Indian journal of veterinary science and animal husbandry - Volume 12,
Year: 1942
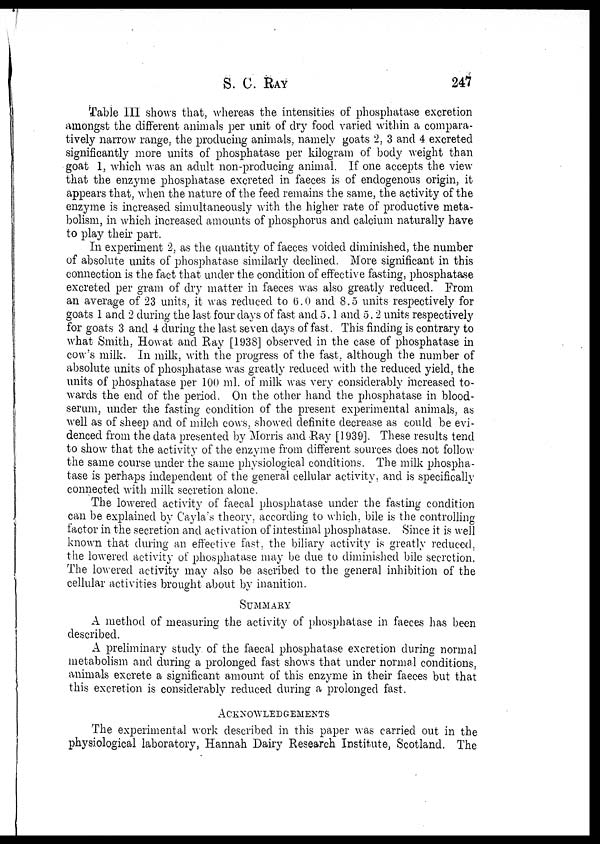
S. C. RAY 247
Table III shows that, whereas the intensities of phosphatase excretion
amongst the different animals per unit of dry food varied within a compara-
tively narrow range, the producing animals, namely goats 2, 3 and 4 excreted
significantly more units of phosphatase per kilogram of body weight than
goat 1, which was an adult non-producing animal. If one accepts the view
that the enzyme phosphatase excreted in faeces is of endogenous origin, it
appears that, when the nature of the feed remains the same, the activity of the
enzyme is increased simultaneously with the higher rate of productive meta-
bolism, in which increased amounts of phosphorus and calcium naturally have
to play their part.
In experiment 2, as the quantity of faeces voided diminished, the number
of absolute units of phosphatase similarly declined. More significant in this
connection is the fact that under the condition of effective fasting, phosphatase
excreted per gram of dry matter in faeces was also greatly reduced. From
an average of 23 units, it was reduced to 6.0 and 8.5 units respectively for
goats 1 and 2 during the last four days of fast and 5.1 and 5.2 units respectively
for goats 3 and 4 during the last seven days of fast. This finding is contrary to
what Smith, Howat and Ray [1938] observed in the case of phosphatase in
cow's milk. In milk, with the progress of the fast, although the number of
absolute units of phosphatase was greatly reduced with the reduced yield, the
units of phosphatase per 100 ml. of milk was very considerably increased to-
wards the end of the period. On the other hand the phosphatase in blood-
serum, under the fasting condition of the present experimental animals, as
well as of sheep and of milch cows, showed definite decrease as could be evi-
denced from the data presented by Morris and Ray [1939]. These results tend
to show that the activity of the enzyme from different sources does not follow
the same course under the same physiological conditions. The milk phospha-
tase is perhaps independent of the general cellular activity, and is specifically
connected with milk secretion alone.
The lowered activity of faecal phosphatase under the fasting condition
can be explained by Cayla's theory, according to which, bile is the controlling
factor in the secretion and activation of intestinal phosphatase. Since it is well
known that during an effective fast, the biliary activity is greatly reduced,
the lowered activity of phosphatase may be due to diminished bile secretion.
The lowered activity may also be ascribed to the general inhibition of the
cellular activities brought about by inanition.
SUMMARY
A method of measuring the activity of phosphatase in faeces has been
described.
A preliminary study of the faecal phosphatase excretion during normal
metabolism and during a prolonged fast shows that under normal conditions,
animals excrete a significant amount of this enzyme in their faeces but that
this excretion is considerably reduced during a prolonged fast.
ACKNOWLEDGEMENTS
The experimental work described in this paper was carried out in the
physiological laboratory, Hannah Dairy Research Institute, Scotland. The